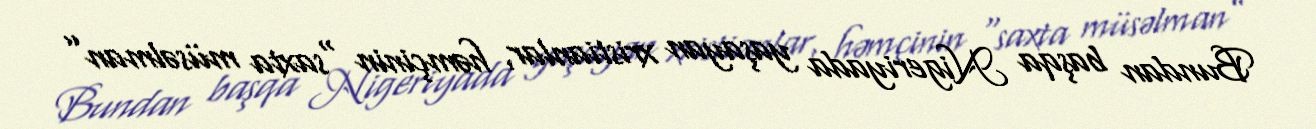
Bundan başqa Nigeriyada yaşayan xristianlar, həmçinin “saxta müsəlman”